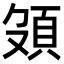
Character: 𩑦